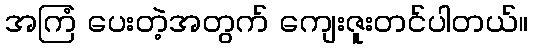
အကြံ ပေးတဲ့အတွက် ကျေးဇူးတင်ပါတယ်။